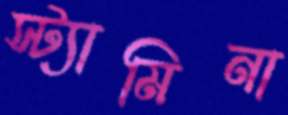
স্ট্যামিনা